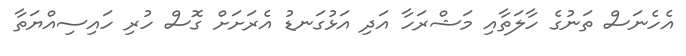
އެހެނަސް ތަނުގެ ހާލަތާއި މަޝްރަހާ އަދި އަޅުގަނޑު އެރަށަށް ގޮސް ހުރި ހައިސިއްޔަތާ